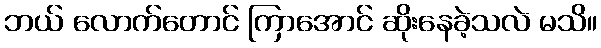
ဘယ် လောက်တောင် ကြာအောင် ဆိုးနေခဲ့သလဲ မသိ။